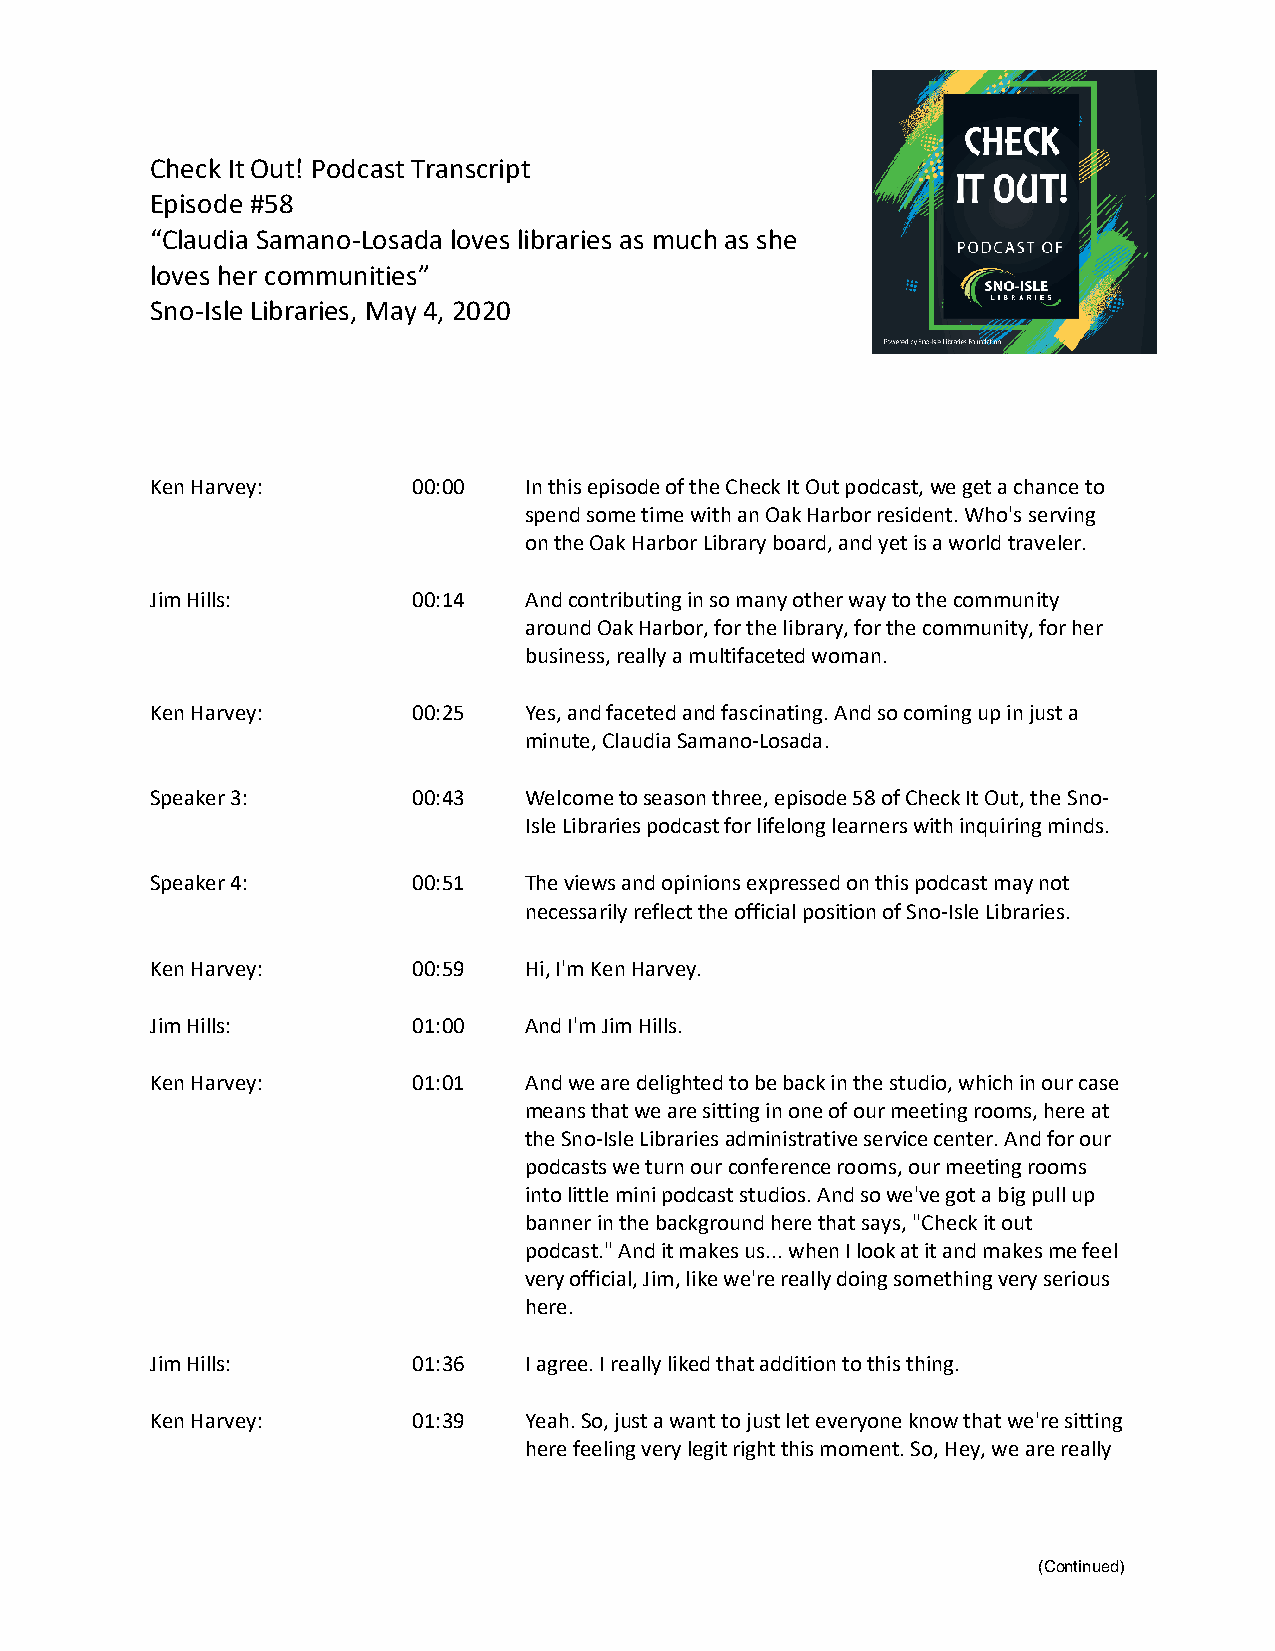
Check It Out! Podcast Transcript
 Episode #58
 “Claudia Samano-Losada loves libraries as much as she
 loves her communities”
 Sno-Isle Libraries, May 4, 2020
 Ken Harvey:      00:00   In this episode of the Check It Out podcast, we get a chance to
 spend some time with an Oak Harbor resident. Who's serving
 on the Oak Harbor Library board, and yet is a world traveler.
 Jim Hills:       00:14   And contributing in so many other way to the community
 around Oak Harbor, for the library, for the community, for her
 business, really a multifaceted woman.
 Ken Harvey:      00:25   Yes, and faceted and fascinating. And so coming up in just a
 minute, Claudia Samano-Losada.
 Speaker 3:       00:43   Welcome to season three, episode 58 of Check It Out, the Sno-
 Isle Libraries podcast for lifelong learners with inquiring minds.
 Speaker 4:       00:51   The views and opinions expressed on this podcast may not
 necessarily reflect the official position of Sno-Isle Libraries.
 Ken Harvey:      00:59   Hi, I'm Ken Harvey.
 Jim Hills:       01:00   And I'm Jim Hills.
 Ken Harvey:      01:01   And we are delighted to be back in the studio, which in our case
 means that we are sitting in one of our meeting rooms, here at
 the Sno-Isle Libraries administrative service center. And for our
 podcasts we turn our conference rooms, our meeting rooms
 into little mini podcast studios. And so we've got a big pull up
 banner in the background here that says, "Check it out
 podcast." And it makes us... when I look at it and makes me feel
 very official, Jim, like we're really doing something very serious
 here.
 Jim Hills:       01:36   I agree. I really liked that addition to this thing.
 Ken Harvey:      01:39   Yeah. So, just a want to just let everyone know that we're sitting
 here feeling very legit right this moment. So, Hey, we are really
 (Continued)